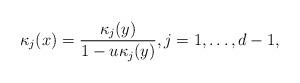
LaTeX: \begin{align*}\kappa_j(x)=\frac{\kappa_j(y)}{1-u\kappa_j(y)},j=1,\ldots,d-1,\end{align*}